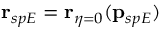
\mathbf { r } _ { s p E } = \mathbf { r } _ { \eta = 0 } ( \mathbf { p } _ { s p E } )